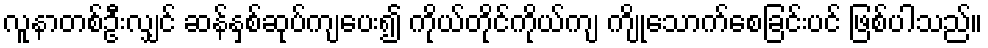
လူနာတစ်ဦးလျှင် ဆန်နှစ်ဆုပ်ကျပေး၍ ကိုယ်တိုင်ကိုယ်ကျ ကျိုသောက်စေခြင်းပင် ဖြစ်ပါသည်။